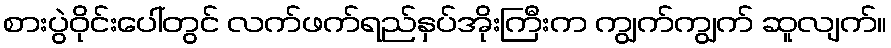
စားပွဲဝိုင်းပေါ်တွင် လက်ဖက်ရည်နှပ်အိုးကြီးက ကျွက်ကျွက် ဆူလျက်။